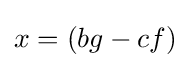
x=(bg-cf)